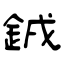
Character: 銊